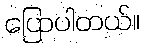
ပြောပါတယ်။